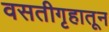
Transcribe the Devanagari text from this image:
वसतीगृहातून